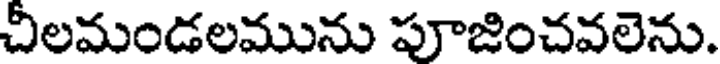
చీలమండలమును పూజించవలెను.